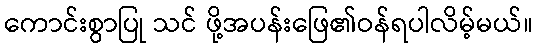
ကောင်းစွာပြု သင် ဖို့အပန်းဖြေ၏ဝန်ရပါလိမ့်မယ်။